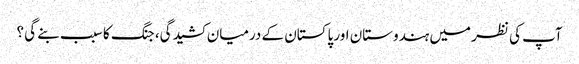
آپ کی نظر میں ہندوستان اور پاکستان کے درمیان کشیدگی، جنگ کا سبب بنے گی ؟